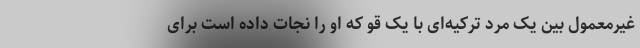
غیرمعمول بین یک مرد ترکیه‌ای با یک قو که او را نجات داده است برای